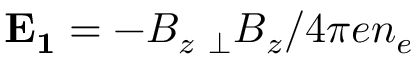
\mathbf { E _ { 1 } } = - B _ { z } \mathbf { \nabla _ { \bot } } B _ { z } / 4 \pi e n _ { e }